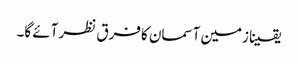
یقینا زمین آسمان کا فرق نظر آئے گا۔